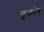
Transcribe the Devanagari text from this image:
चुकोर